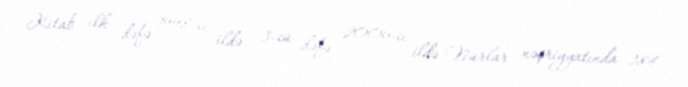
Kitab ilk dəfə 1998-ci ildə, 3-cü dəfə 2006-cı ildə Nurlar nəşriyyatında 384